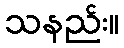
သနည်း။